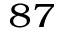
^ { 8 7 }